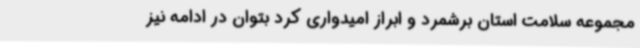
مجموعه سلامت استان برشمرد و ابراز امیدواری کرد بتوان در ادامه نیز